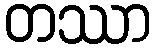
တဿာ